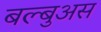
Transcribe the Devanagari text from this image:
बल्बुअस